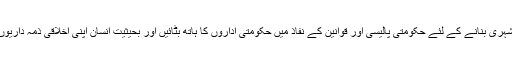
انہیں معاشرے کا کارآمد شہری بنانے کے لئے حکومتی پالیسی اور قوانین کے نفاذ میں حکومتی اداروں کا ہاتھ بٹائیں اور بحیثیت انسان اپنی اخلاقی ذمہ داریوں کی بھی بجا آوری کریں۔